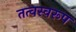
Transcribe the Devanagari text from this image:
तत्वस्वरूप